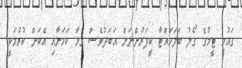
ގައުމީ ޓީމުގެ ގޯލު ބަލަހައްޓާ ކީޕަރުންނަށް އަބަދުވެސް ގުޅާ ކަމަށާއި އެކަން ކުރުމަކީ